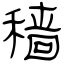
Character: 穑